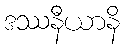
ဒဿနီယာနိ